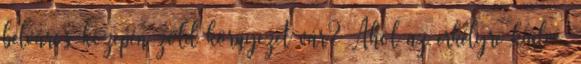
belváros közepén zöld környezet vár? Ahol az erkélyre kiülve,